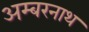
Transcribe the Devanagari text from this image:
अम्‍बरनाथ